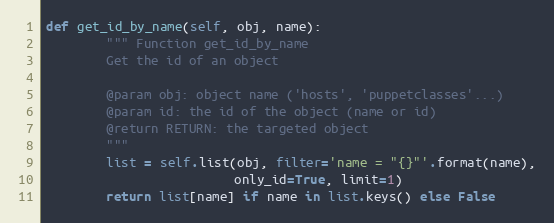
Language: Python
def get_id_by_name(self, obj, name):
        """ Function get_id_by_name
        Get the id of an object

        @param obj: object name ('hosts', 'puppetclasses'...)
        @param id: the id of the object (name or id)
        @return RETURN: the targeted object
        """
        list = self.list(obj, filter='name = "{}"'.format(name),
                         only_id=True, limit=1)
        return list[name] if name in list.keys() else False